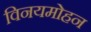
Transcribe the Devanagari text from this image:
विनयमोहन